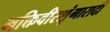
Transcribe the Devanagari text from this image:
भक्तिवीरशृंगारादी